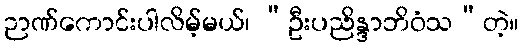
ဉာဏ်ကောင်းပါလိမ့်မယ်၊ “ဦးပညိန္ဒာဘိဝံသ”တဲ့။